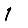
Digit: 1